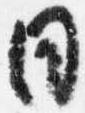
日